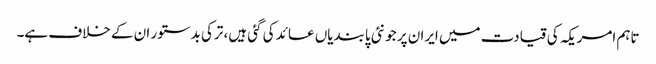
تاہم امریکہ کی قیادت میں ایران پر جو نئی پابندیاں عائد کی گئی ہیں، ترکی بدستور ان کے خلاف ہے۔